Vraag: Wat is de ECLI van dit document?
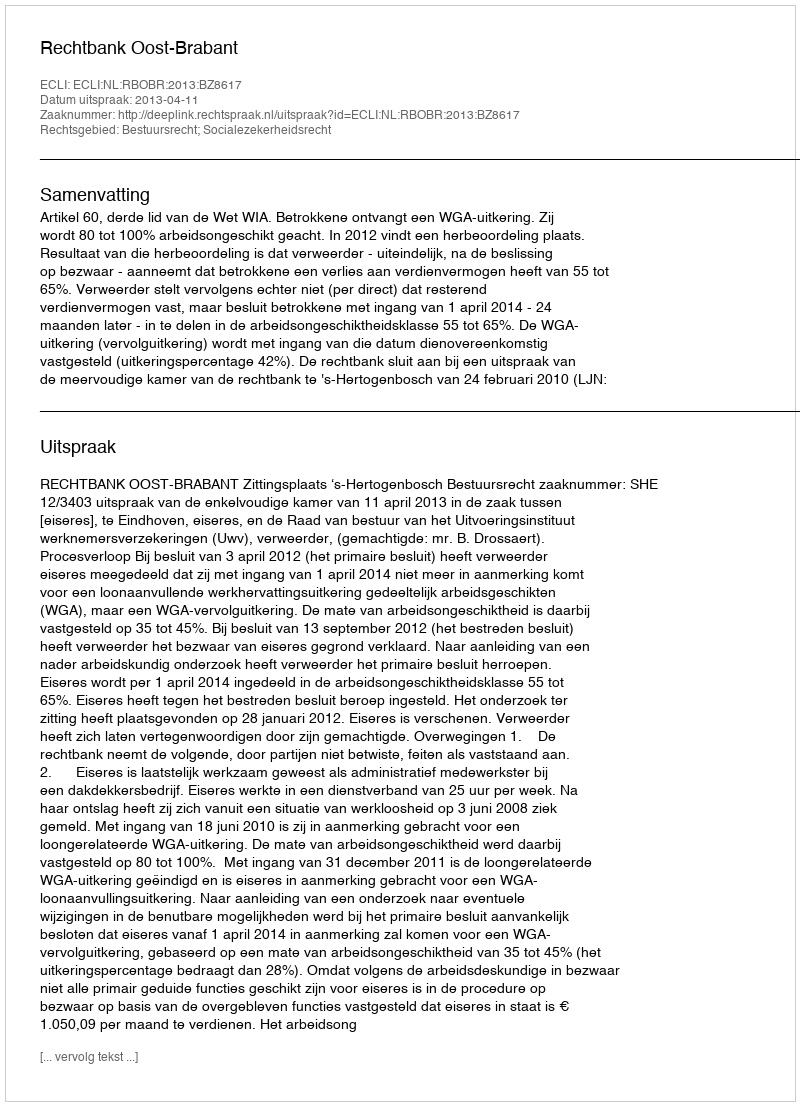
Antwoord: ECLI:NL:RBOBR:2013:BZ8617